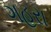
ગહરા